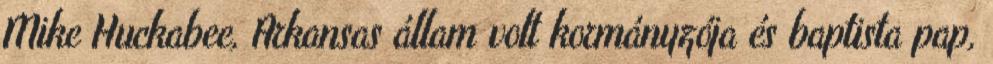
Mike Huckabee, Arkansas állam volt kormányzója és baptista pap,